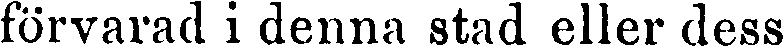
förvarad i denna stad eller dess